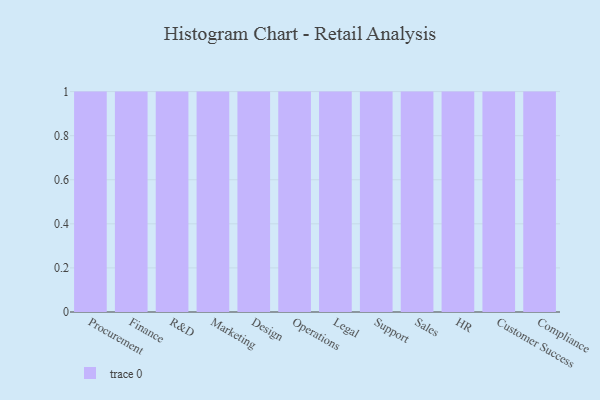
{"axis": {"x": "Department", "y": "Churn Rate (%)"}, "legend": [""], "data": [{"x": "Procurement", "y": 8, "type": ""}, {"x": "Finance", "y": 11, "type": ""}, {"x": "R&D", "y": 72, "type": ""}, {"x": "Marketing", "y": 88, "type": ""}, {"x": "Design", "y": 76, "type": ""}, {"x": "Operations", "y": 73, "type": ""}, {"x": "Legal", "y": 82, "type": ""}, {"x": "Support", "y": 3, "type": ""}, {"x": "Sales", "y": 67, "type": ""}, {"x": "HR", "y": 44, "type": ""}, {"x": "Customer Success", "y": 10, "type": ""}, {"x": "Compliance", "y": 4, "type": ""}]}